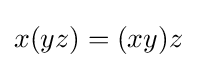
x(yz)=(xy)z